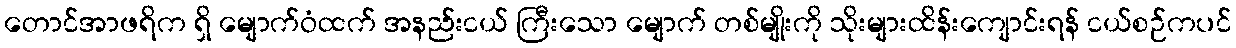
တောင်အာဖရိက ရှိ မျောက်ဝံထက် အနည်းငယ် ကြီးသော မျောက် တစ်မျိုးကို သိုးများထိန်းကျောင်းရန် ငယ်စဉ်ကပင်